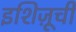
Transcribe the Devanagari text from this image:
इशिज़ूची